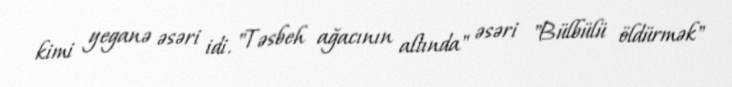
kimi yeganə əsəri idi. "Təsbeh ağacının altında" əsəri "Bülbülü öldürmək"